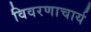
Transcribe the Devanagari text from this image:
विवरणाचार्य